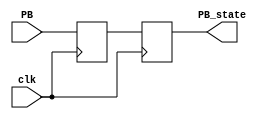
`timescale 1ns / 1ps
module debounce_mod(
                    input clk, 
                    input PB,
                    output reg PB_state
                    );

 //Synchronize the switch input to the clock 
 reg [15:0] sync_counter;
 reg first_sync;
 always @(posedge clk) first_sync <= PB;
 reg second_sync;
 always @(posedge clk) PB_state <=first_sync;
 
// //Debounce the switch
// always @(posedge clk)
// if(PB_state == second_sync)
//    sync_counter <=0;
// else
// begin 
//    sync_counter <= sync_counter + 1'b1;
//    if(sync_counter == 16'hffff) PB_state <= ~PB_state;
// end
endmodule